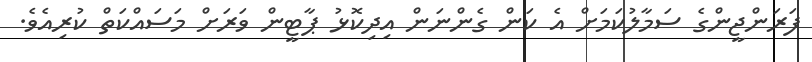
ފަރަންޖީންގެ ސަމާލުކަމަށް އެ ކަން ގެންނަން އިދިކޮޅު ޕާޓީން ވަރަށް މަސައްކަތް ކުރިއެވެ.